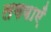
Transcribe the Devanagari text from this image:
लगवाएँ